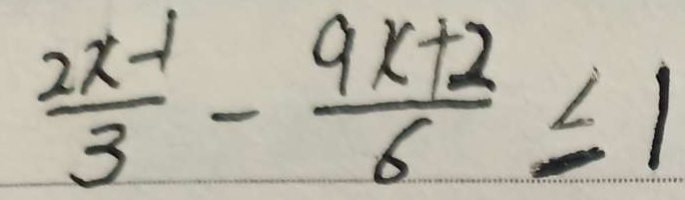
\frac { 2 x - 1 } { 3 } - \frac { 9 x + 2 } { 6 } \leq 1